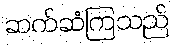
ဆက်ဆံကြသည်